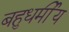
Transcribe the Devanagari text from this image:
बहुधर्मीय